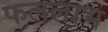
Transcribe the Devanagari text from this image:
फललाभ